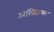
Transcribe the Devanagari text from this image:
असिताष्म